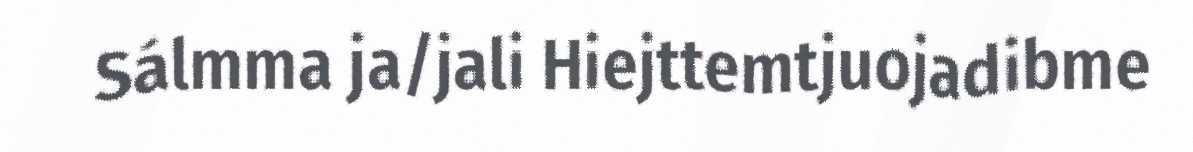
Sálmma ja/jali Hiejttemtjuojadibme